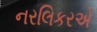
નરલિકરએ